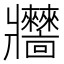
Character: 𤖧